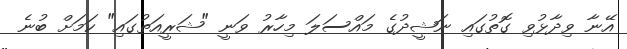
އޭނާ ވިދާޅުވި ގޮތުގައި ނަޝީދުގެ މައްސަލަ މިހާރު ވަނީ "ޝަރީއަތުގައި" ކަމަށް ބުނެ